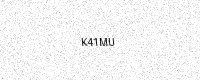
Text: K41MU